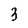
Character: 3